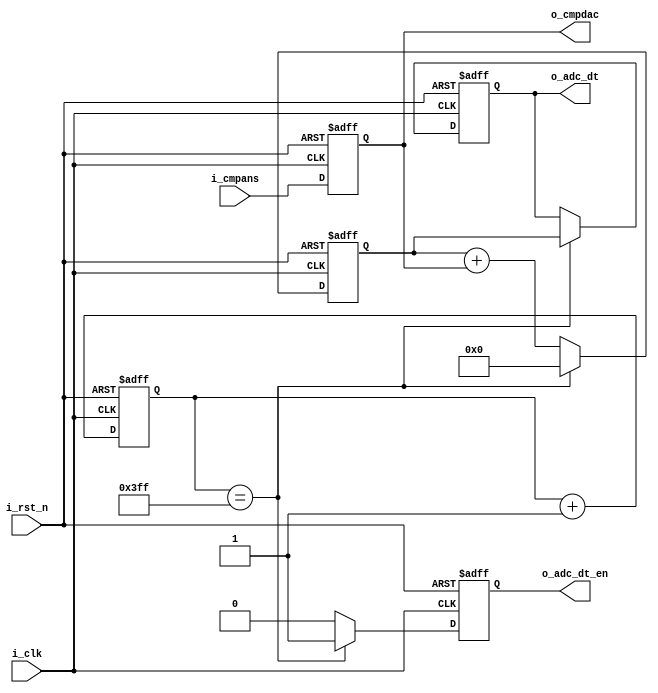
/*============================================================================*/
/*
 * @file    deltaSigmaADC.v
 * @brief   10bit Delta Sigma ADC
 * @note    
 * @date    2018/11/19
 * @author  kingyo
 */
/*============================================================================*/
module deltaSigmaADC (
    input           i_clk,      // 50MHz
    input           i_rst_n,    // RESET_N
    input           i_cmpans,   // LVDS INPUT
    output          o_cmpdac,   // Compare Base Level
    output  [9:0]   o_adc_dt,   // ADC Result
    output          o_adc_dt_en // data enable(48828.125kHz)
    );
    
    reg             delta;
    reg     [9:0]   adc_dt;
    reg     [9:0]   sigma_cnt;
    reg     [9:0]   sigma;
    reg             data_en;
    
    /* delta sampling */
    always @(posedge i_clk or negedge i_rst_n) begin
        if (~i_rst_n) begin
            delta <= 1'b0;
        end else begin
            delta <= i_cmpans;
        end
    end
    assign o_cmpdac = delta;
    
    /* sigma counter */
    always @(posedge i_clk or negedge i_rst_n) begin
        if (~i_rst_n) begin
            adc_dt <= 10'd0;
            sigma_cnt <= 10'd0;
            sigma <= 10'd0;
            data_en <= 1'b0;
        end else begin
            sigma_cnt <= sigma_cnt + 10'd1;
            if (sigma_cnt == 10'd1023) begin
                adc_dt <= sigma;
                data_en <= 1'b1;
                sigma <= 10'd0;
            end else begin
              sigma <= sigma[9:0] + delta;
              data_en <= 1'b0;
            end
        end
    end
    assign o_adc_dt = adc_dt;
    assign o_adc_dt_en = data_en;

endmodule